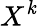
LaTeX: X^{\mathit{k}}